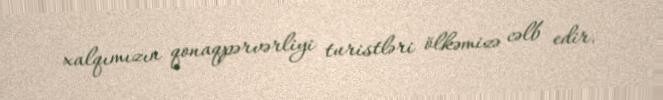
xalqımızın qonaqpərvərliyi turistləri ölkəmizə cəlb edir.